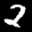
Label: 2